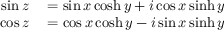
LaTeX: \begin{array} { r l } { \sin z } & { { } = \sin x \cosh y + i \cos x \sinh y } \\ { \cos z } & { { } = \cos x \cosh y - i \sin x \sinh y } \end{array}